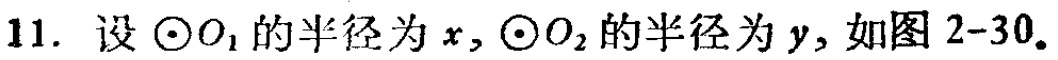
11. 设\(\odot O_{1}\)的半径为\(x\)，\(\odot O_{2}\)的半径为\(y\)，如图 2 - 30。